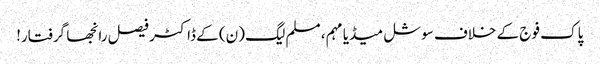
پاک فوج کے خلاف سوشل میڈیا مہم، مسلم لیگ (ن) کے ڈاکٹر فیصل رانجھا گرفتار!